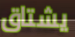
يشتاق